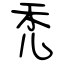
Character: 禿